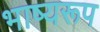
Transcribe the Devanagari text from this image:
भाष्यरूप